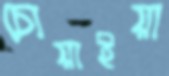
চোয়াইয়া